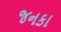
જનકા